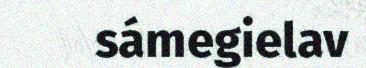
sámegielav